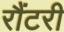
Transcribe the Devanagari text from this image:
रौंटरी